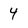
Character: 4